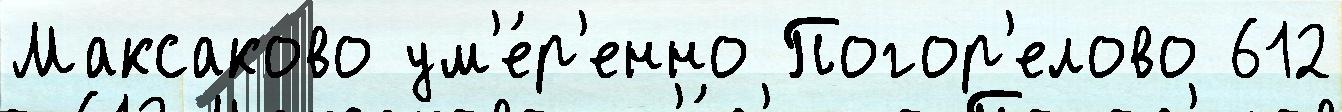
Максаково ум'е́р'енно Погор'елово 612